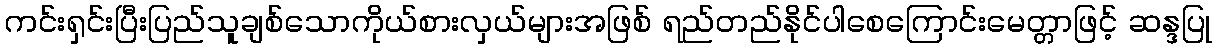
ကင်းရှင်းပြီးပြည်သူချစ်သောကိုယ်စားလှယ်များအဖြစ် ရည်တည်နိုင်ပါစေကြောင်းမေတ္တာဖြင့် ဆန္ဒပြု